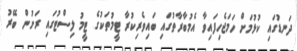
ދަނޑުގައި ކުޅުމަށް ހަމަޖެހިފައިވާ އެމުބާރާތުގައި ބައިވެރިކުރާ ޓީމުތަކުގެ ޓީމު ލިސްޓުގައި ރަށުން ބޭރު